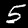
Digit: 5